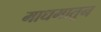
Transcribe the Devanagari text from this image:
माधमातून